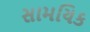
સામયિક